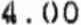
4.00